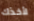
لأخذك